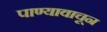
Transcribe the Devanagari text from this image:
पाण्यावाचून